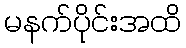
မနက်ပိုင်းအထိ